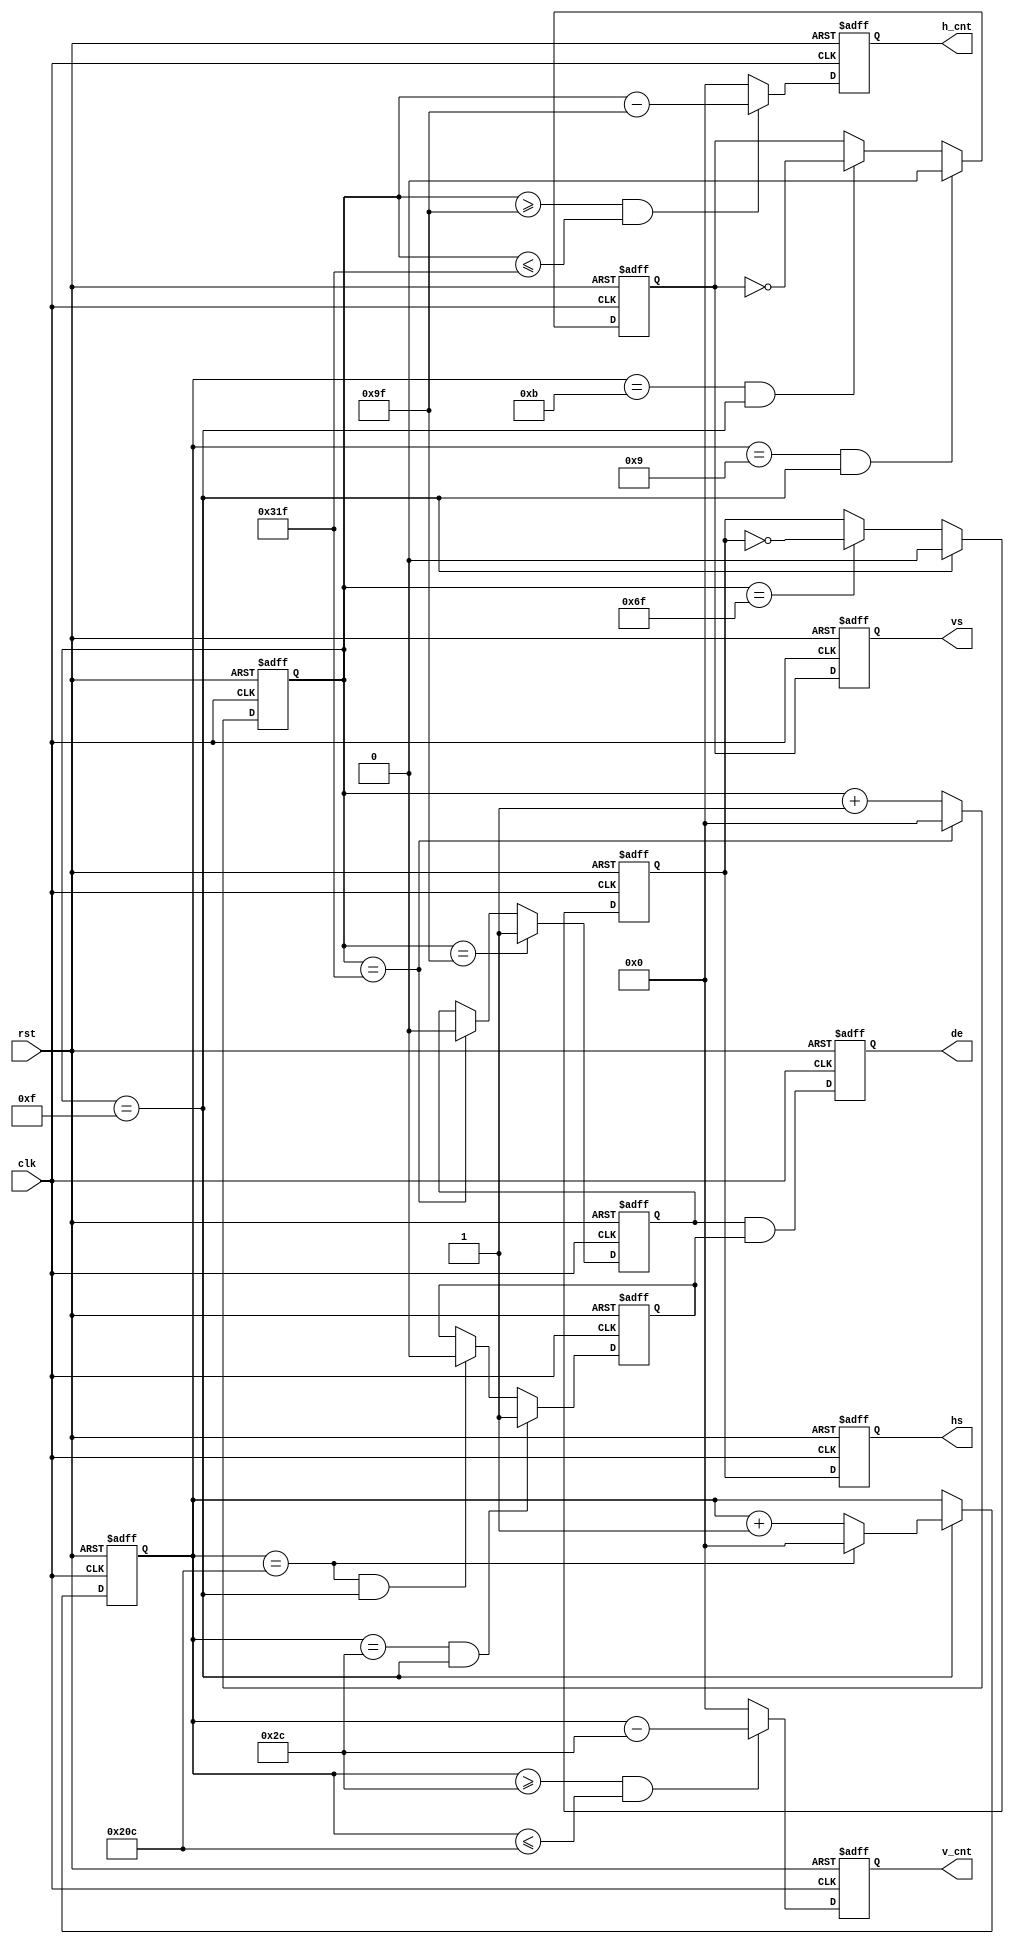
`timescale 1ns / 1ps
module vga_gen(
	input                 clk,           //pixel clock
	input                 rst,           //reset signal high active
	output                hs,            //horizontal synchronization
	output                vs,            //vertical synchronization
	output                de,            //video valid
output reg [11:0] v_cnt,
output reg [11:0] h_cnt
);

//640x480 25.175Mhz

parameter H_ACTIVE = 16'd640; 
parameter H_FP = 16'd16;      
parameter H_SYNC = 16'd96;    
parameter H_BP = 16'd48;      
parameter V_ACTIVE = 16'd480; 
parameter V_FP  = 16'd10;    
parameter V_SYNC  = 16'd2;    
parameter V_BP  = 16'd33;    
parameter HS_POL = 1'b0;
parameter VS_POL = 1'b0;



parameter H_TOTAL = H_ACTIVE + H_FP + H_SYNC + H_BP;//horizontal total time (pixels)
parameter V_TOTAL = V_ACTIVE + V_FP + V_SYNC + V_BP;//vertical total time (lines)
//define the RGB values for 8 colors

reg hs_reg;                      //horizontal sync register
reg vs_reg;                      //vertical sync register
reg hs_reg_d0;                   //delay 1 clock of 'hs_reg'
reg vs_reg_d0;                   //delay 1 clock of 'vs_reg'
reg[11:0] h_cnt0;                 //horizontal counter
reg[11:0] v_cnt0;                 //vertical counter
reg[11:0] active_x;              //video x position 
reg[11:0] active_y;              //video y position 
reg[7:0] rgb_r_reg;              //video red data register
reg[7:0] rgb_g_reg;              //video green data register
reg[7:0] rgb_b_reg;              //video blue data register
reg h_active;                    //horizontal video active
reg v_active;                    //vertical video active
wire video_active;               //video active(horizontal active and vertical active)
reg video_active_d0;             //delay 1 clock of video_active
assign hs = hs_reg_d0;
assign vs = vs_reg_d0;
assign video_active = h_active & v_active;
assign de = video_active_d0;
assign rgb_r = rgb_r_reg;
assign rgb_g = rgb_g_reg;
assign rgb_b = rgb_b_reg;
always@(posedge clk or posedge rst)
begin
	if(rst == 1'b1)
		begin
			hs_reg_d0 <= 1'b0;
			vs_reg_d0 <= 1'b0;
			video_active_d0 <= 1'b0;
		end
	else
		begin
			hs_reg_d0 <= hs_reg;
			vs_reg_d0 <= vs_reg;
			video_active_d0 <= video_active;
		end
end

always@(posedge clk or posedge rst)
begin
	if(rst == 1'b1)
		h_cnt0 <= 12'd0;
	else if(h_cnt0 == H_TOTAL - 1)//horizontal counter maximum value
		h_cnt0 <= 12'd0;
	else
		h_cnt0 <= h_cnt0 + 12'd1;
end

always@(posedge clk or posedge rst)
begin
	if(rst == 1'b1)
		h_cnt <= 12'd0;
	else if((h_cnt0 >= H_FP + H_SYNC + H_BP - 1)&&(h_cnt0 <= H_TOTAL - 1))//horizontal video active
		h_cnt <= h_cnt0 - (H_FP[11:0] + H_SYNC[11:0] + H_BP[11:0] - 12'd1);
	else
		h_cnt <= 0;
end

always@(posedge clk or posedge rst)
begin
	if(rst == 1'b1)
		v_cnt0 <= 12'd0;
	else if(h_cnt0 == H_FP  - 1)//horizontal sync time
		if(v_cnt0 == V_TOTAL - 1)//vertical counter maximum value
			v_cnt0 <= 12'd0;
		else
			v_cnt0 <= v_cnt0 + 12'd1;
	else
		v_cnt0 <= v_cnt0;
end

always@(posedge clk or posedge rst)
begin
	if(rst == 1'b1)
		v_cnt <= 12'd0;
	else if((v_cnt0 >= V_FP + V_SYNC + V_BP - 1)&&(v_cnt0 <= V_TOTAL - 1))//horizontal video active
		v_cnt <= v_cnt0 - (V_FP[11:0] + V_SYNC[11:0] + V_BP[11:0] - 12'd1);
	else
		v_cnt <= 0;
end

always@(posedge clk or posedge rst)
begin
	if(rst == 1'b1)
		hs_reg <= 1'b0;
	else if(h_cnt0 == H_FP - 1)//horizontal sync begin
		hs_reg <= HS_POL;
	else if(h_cnt0 == H_FP + H_SYNC - 1)//horizontal sync end
		hs_reg <= ~hs_reg;
	else
		hs_reg <= hs_reg;
end

always@(posedge clk or posedge rst)
begin
	if(rst == 1'b1)
		h_active <= 1'b0;
	else if(h_cnt0 == H_FP + H_SYNC + H_BP - 1)//horizontal active begin
		h_active <= 1'b1;
	else if(h_cnt0 == H_TOTAL - 1)//horizontal active end
		h_active <= 1'b0;
	else
		h_active <= h_active;
end
 

always@(posedge clk or posedge rst)
begin
	if(rst == 1'b1)
		vs_reg <= 1'd0;
	else if((v_cnt0 == V_FP - 1) && (h_cnt0 == H_FP - 1))//vertical sync begin
		vs_reg <= HS_POL;
	else if((v_cnt0 == V_FP + V_SYNC - 1) && (h_cnt0 == H_FP - 1))//vertical sync end
		vs_reg <= ~vs_reg;  
	else
		vs_reg <= vs_reg;
end

always@(posedge clk or posedge rst)
begin
	if(rst == 1'b1)
		v_active <= 1'd0;
	else if((v_cnt0 == V_FP + V_SYNC + V_BP - 1) && (h_cnt0 == H_FP - 1))//vertical active begin
		v_active <= 1'b1;
	else if((v_cnt0 == V_TOTAL - 1) && (h_cnt0 == H_FP - 1)) //vertical active end
		v_active <= 1'b0;   
	else
		v_active <= v_active;
end

endmodule